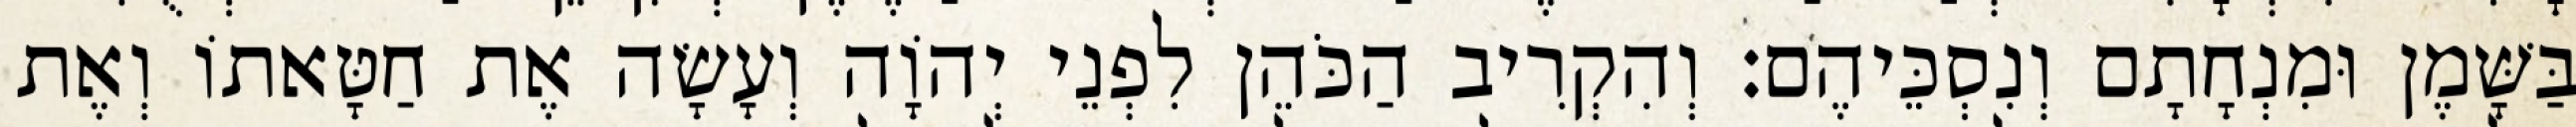
בַּשָּׁמֶן וּמִנְחָתָם וְנִסְכֵּיהֶם׃ וְהִקְרִיב הַכֹּהֵן לִפְנֵי יְהוָֹה וְעָשָׂה אֶת חַטָּאתוֹ וְאֶת